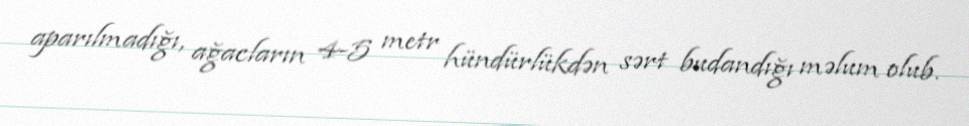
aparılmadığı, ağacların 4-5 metr hündürlükdən sərt budandığı məlum olub.